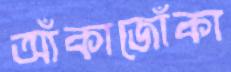
আঁকাজোঁকা